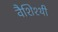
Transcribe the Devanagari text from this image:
वैशिश्थी